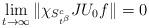
LaTeX: \begin{align*} \lim_{t\rightarrow\infty}\|\chi_{S^c_{t^\beta}}JU_0f\|=0 \end{align*}